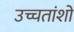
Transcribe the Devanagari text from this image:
उच्चतांशों